Document type: Fief grant
Year: 1411
Scribe: Arnau de Lledó
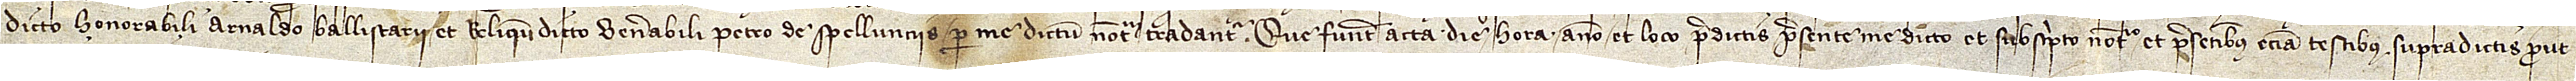
dicto honorabili Arnaldo Ballistarii et reliqum dicto venerabili Petro de Spellunciis per me dictum notarium tradantur.  Que fuerunt acta die, hora, anno et loco predictis, presente me dicto et subscripto notario et presentibus etiam testibus supradictis, prout